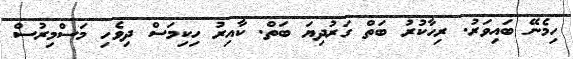
ހިމެނޭ ބައިވަރު. ރިހާކުރު ބަތް ގަރުދިޔަ ބަތް. ކާއިރު ހިކިމަސް ދިވެހި މަސްމިރުސް